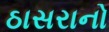
ઠાસરાનો